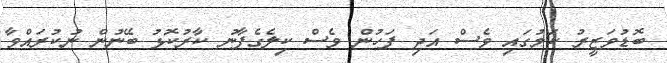
ބޮޑުވަޒީރު ކަމުގައި ވެސް އަދި ފަހުން ވެސް ކިލެގެފާނު ކާރުކޮޅު ބޭނުން ނުކުރައްވާ